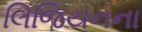
લિજિયનના